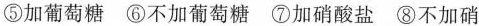
⑤加葡萄糖 ⑥不加葡萄糖 ⑦加硝酸盐 ⑧不加硝酸盐